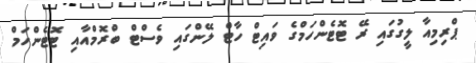
ޕްރިމިއާ ލީގުގައި ރޭ ޓޮޓެންހަމްގެ ވައިޓް ހާޓް ލޭންގައި ވެސްޓް ބްރޮމްއާއި ޓޮޓެންހަމް